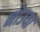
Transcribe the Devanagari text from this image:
नोउया